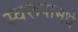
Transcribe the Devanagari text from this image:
स्वरूपामधे